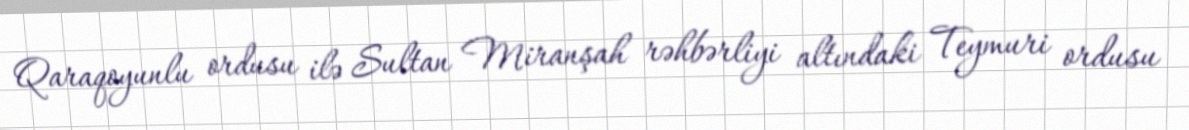
Qaraqoyunlu ordusu ilə Sultan Miranşah rəhbərliyi altındaki Teymuri ordusu